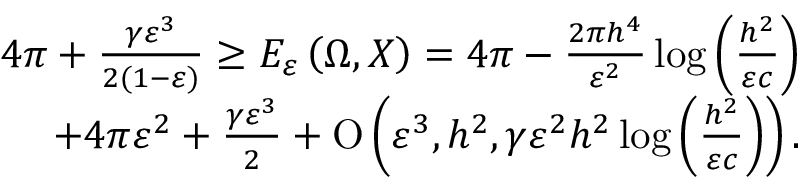
\begin{array} { r } { 4 \pi + \frac { \gamma \varepsilon ^ { 3 } } { 2 ( 1 - \varepsilon ) } \geq E _ { \varepsilon } \left( \Omega , X \right) = 4 \pi - \frac { 2 \pi h ^ { 4 } } { \varepsilon ^ { 2 } } \log { \left( \frac { h ^ { 2 } } { \varepsilon c } \right) } } \\ { + 4 \pi \varepsilon ^ { 2 } + \frac { \gamma \varepsilon ^ { 3 } } { 2 } + \ensuremath { \operatorname { O } \left( \varepsilon ^ { 3 } , h ^ { 2 } , \gamma \varepsilon ^ { 2 } h ^ { 2 } \log { \left( \frac { h ^ { 2 } } { \varepsilon c } \right) } \right) } . } \end{array}